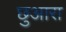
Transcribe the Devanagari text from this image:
छुआरा